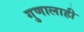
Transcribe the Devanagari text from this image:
गुणालाही